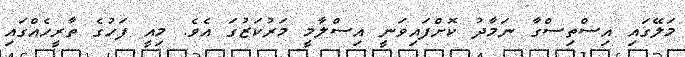
މަލޭގައި އިސްތިސްގާ ނަމާދު ކޮށްފައިވަނީ އިސްލާމީ މަރުކަޒުގަ އެވެ. މިއީ ފަހުގެ ތާރީހެއްގައި